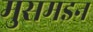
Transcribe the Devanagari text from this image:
मुसमइन